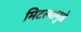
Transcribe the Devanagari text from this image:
मिटल्यामुळे